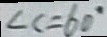
\angle C = 6 0 ^ { \circ }